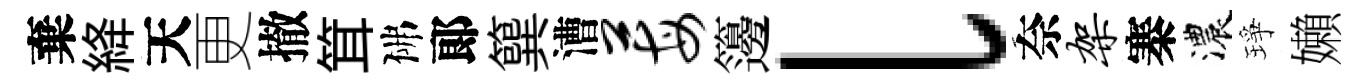
棄絳天更撤䇯佛郞簨漕莓籩l奈架寨濃琤嬾